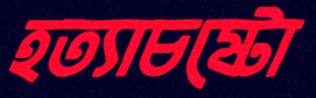
হত্যাচষ্টো